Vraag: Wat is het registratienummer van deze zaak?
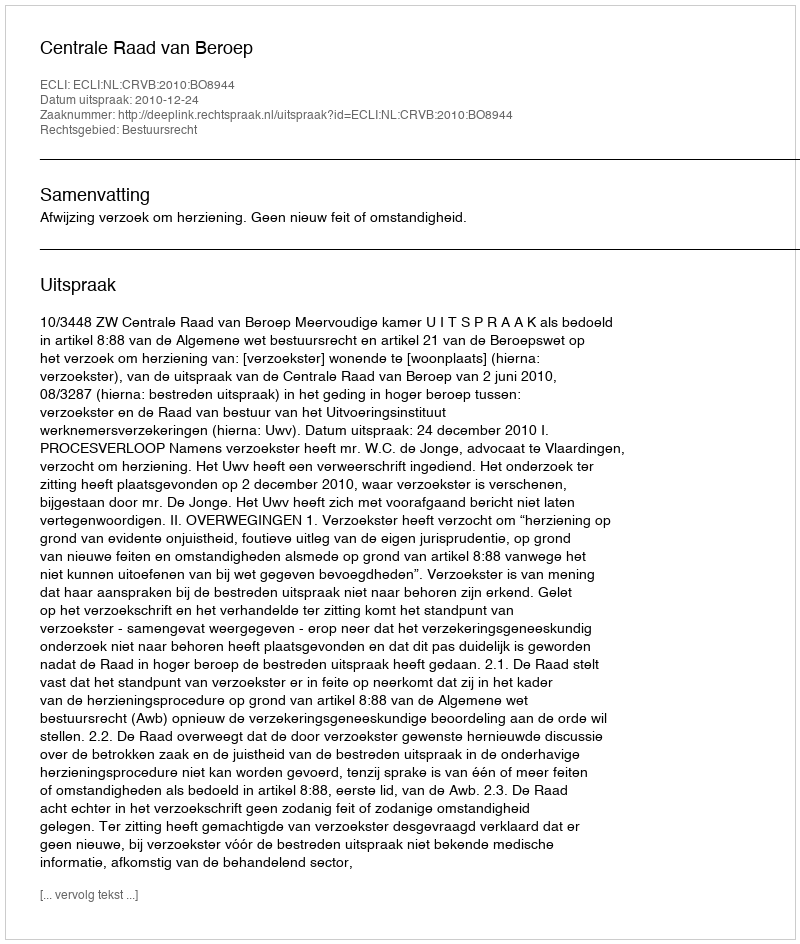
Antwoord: http://deeplink.rechtspraak.nl/uitspraak?id=ECLI:NL:CRVB:2010:BO8944